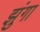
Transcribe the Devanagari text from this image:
झुंगा